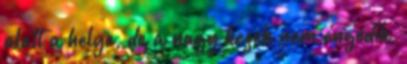
alatt a helye, de a nagy kezek nem engedik,